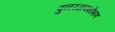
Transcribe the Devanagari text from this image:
पुनरअवशोषण